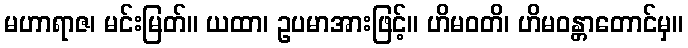
မဟာရာဇ၊ မင်းမြတ်။ ယထာ၊ ဥပမာအားဖြင့်။ ဟိမဝတိ၊ ဟိမဝန္တာတောင်မှ။